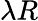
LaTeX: \lambda R